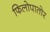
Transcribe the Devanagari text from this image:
फिलोपातोर